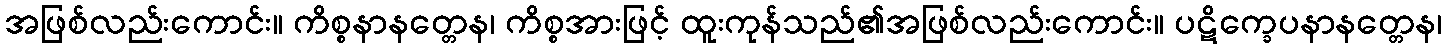
အဖြစ်လည်းကောင်း။ ကိစ္စနာနတ္တေန၊ ကိစ္စအားဖြင့် ထူးကုန်သည်၏အဖြစ်လည်းကောင်း။ ပဋိက္ခေပနာနတ္တေန၊